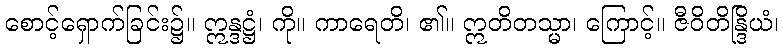
စောင့်ရှောက်ခြင်း၌။ ဣန္ဒဋ္ဌံ၊ ကို။ ကာရေတိ၊ ၏။ ဣတိတသ္မာ၊ ကြောင့်။ ဇီဝိတိန္ဒြိယံ၊